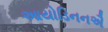
આયોડિનનઐ